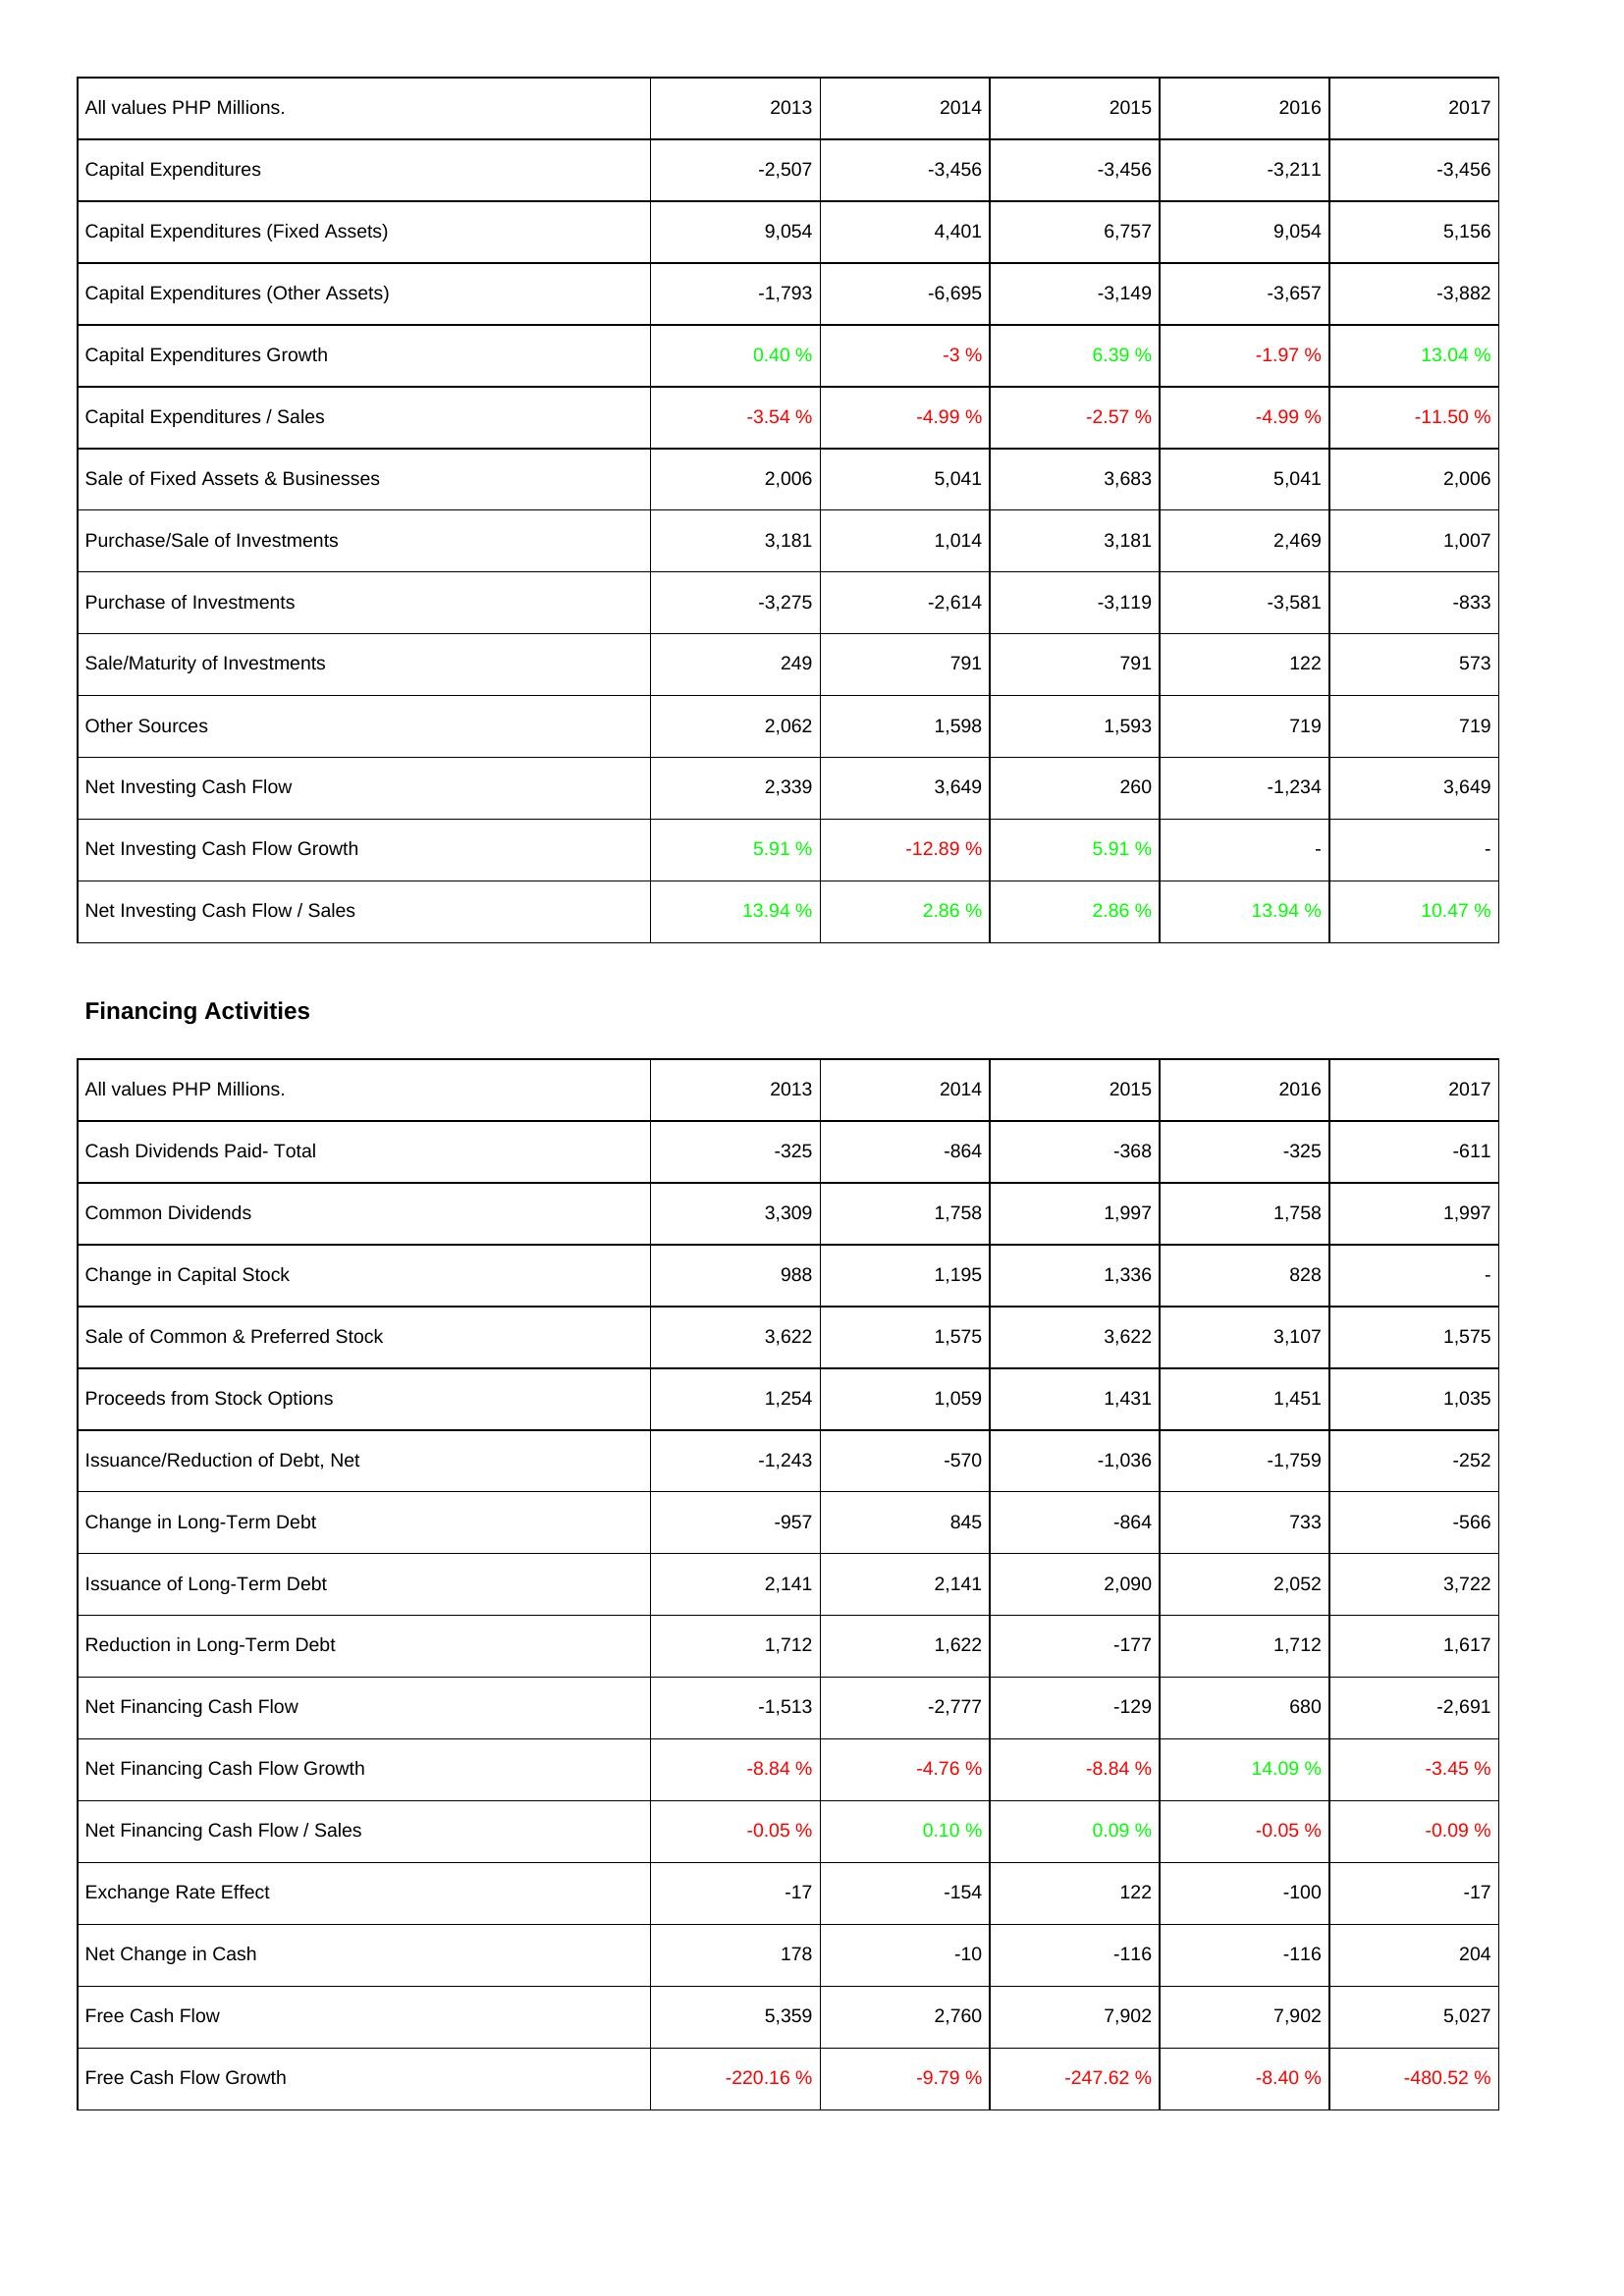
2013: Investing Activities: Capital Expenditures: -2,507
Capital Expenditures (Fixed Assets): 9,054
Capital Expenditures (Other Assets): -1,793
Capital Expenditures Growth: 0.40 %
Capital Expenditures / Sales: -3.54 %
Sale of Fixed Assets & Businesses: 2,006
Purchase/Sale of Investments: 3,181
Purchase of Investments: -3,275
Sale/Maturity of Investments: 249
Other Sources: 2,062
Net Investing Cash Flow: 2,339
Net Investing Cash Flow Growth: 5.91 %
Net Investing Cash Flow / Sales: 13.94 %
Financing Activities: Cash Dividends Paid- Total: -325
Common Dividends: 3,309
Change in Capital Stock: 988
Sale of Common & Preferred Stock: 3,622
Proceeds from Stock Options: 1,254
Issuance/Reduction of Debt, Net: -1,243
Change in Long-Term Debt: -957
Issuance of Long-Term Debt: 2,141
Reduction in Long-Term Debt: 1,712
Net Financing Cash Flow: -1,513
Net Financing Cash Flow Growth: -8.84 %
Net Financing Cash Flow / Sales: -0.05 %
Exchange Rate Effect: -17
Net Change in Cash: 178
Free Cash Flow: 5,359
Free Cash Flow Growth: -220.16 %
2014: Investing Activities: Capital Expenditures: -3,456
Capital Expenditures (Fixed Assets): 4,401
Capital Expenditures (Other Assets): -6,695
Capital Expenditures Growth: -3 %
Capital Expenditures / Sales: -4.99 %
Sale of Fixed Assets & Businesses: 5,041
Purchase/Sale of Investments: 1,014
Purchase of Investments: -2,614
Sale/Maturity of Investments: 791
Other Sources: 1,598
Net Investing Cash Flow: 3,649
Net Investing Cash Flow Growth: -12.89 %
Net Investing Cash Flow / Sales: 2.86 %
Financing Activities: Cash Dividends Paid- Total: -864
Common Dividends: 1,758
Change in Capital Stock: 1,195
Sale of Common & Preferred Stock: 1,575
Proceeds from Stock Options: 1,059
Issuance/Reduction of Debt, Net: -570
Change in Long-Term Debt: 845
Issuance of Long-Term Debt: 2,141
Reduction in Long-Term Debt: 1,622
Net Financing Cash Flow: -2,777
Net Financing Cash Flow Growth: -4.76 %
Net Financing Cash Flow / Sales: 0.10 %
Exchange Rate Effect: -154
Net Change in Cash: -10
Free Cash Flow: 2,760
Free Cash Flow Growth: -9.79 %
2015: Investing Activities: Capital Expenditures: -3,456
Capital Expenditures (Fixed Assets): 6,757
Capital Expenditures (Other Assets): -3,149
Capital Expenditures Growth: 6.39 %
Capital Expenditures / Sales: -2.57 %
Sale of Fixed Assets & Businesses: 3,683
Purchase/Sale of Investments: 3,181
Purchase of Investments: -3,119
Sale/Maturity of Investments: 791
Other Sources: 1,593
Net Investing Cash Flow: 260
Net Investing Cash Flow Growth: 5.91 %
Net Investing Cash Flow / Sales: 2.86 %
Financing Activities: Cash Dividends Paid- Total: -368
Common Dividends: 1,997
Change in Capital Stock: 1,336
Sale of Common & Preferred Stock: 3,622
Proceeds from Stock Options: 1,431
Issuance/Reduction of Debt, Net: -1,036
Change in Long-Term Debt: -864
Issuance of Long-Term Debt: 2,090
Reduction in Long-Term Debt: -177
Net Financing Cash Flow: -129
Net Financing Cash Flow Growth: -8.84 %
Net Financing Cash Flow / Sales: 0.09 %
Exchange Rate Effect: 122
Net Change in Cash: -116
Free Cash Flow: 7,902
Free Cash Flow Growth: -247.62 %
2016: Investing Activities: Capital Expenditures: -3,211
Capital Expenditures (Fixed Assets): 9,054
Capital Expenditures (Other Assets): -3,657
Capital Expenditures Growth: -1.97 %
Capital Expenditures / Sales: -4.99 %
Sale of Fixed Assets & Businesses: 5,041
Purchase/Sale of Investments: 2,469
Purchase of Investments: -3,581
Sale/Maturity of Investments: 122
Other Sources: 719
Net Investing Cash Flow: -1,234
Net Investing Cash Flow Growth: -
Net Investing Cash Flow / Sales: 13.94 %
Financing Activities: Cash Dividends Paid- Total: -325
Common Dividends: 1,758
Change in Capital Stock: 828
Sale of Common & Preferred Stock: 3,107
Proceeds from Stock Options: 1,451
Issuance/Reduction of Debt, Net: -1,759
Change in Long-Term Debt: 733
Issuance of Long-Term Debt: 2,052
Reduction in Long-Term Debt: 1,712
Net Financing Cash Flow: 680
Net Financing Cash Flow Growth: 14.09 %
Net Financing Cash Flow / Sales: -0.05 %
Exchange Rate Effect: -100
Net Change in Cash: -116
Free Cash Flow: 7,902
Free Cash Flow Growth: -8.40 %
2017: Investing Activities: Capital Expenditures: -3,456
Capital Expenditures (Fixed Assets): 5,156
Capital Expenditures (Other Assets): -3,882
Capital Expenditures Growth: 13.04 %
Capital Expenditures / Sales: -11.50 %
Sale of Fixed Assets & Businesses: 2,006
Purchase/Sale of Investments: 1,007
Purchase of Investments: -833
Sale/Maturity of Investments: 573
Other Sources: 719
Net Investing Cash Flow: 3,649
Net Investing Cash Flow Growth: -
Net Investing Cash Flow / Sales: 10.47 %
Financing Activities: Cash Dividends Paid- Total: -611
Common Dividends: 1,997
Change in Capital Stock: -
Sale of Common & Preferred Stock: 1,575
Proceeds from Stock Options: 1,035
Issuance/Reduction of Debt, Net: -252
Change in Long-Term Debt: -566
Issuance of Long-Term Debt: 3,722
Reduction in Long-Term Debt: 1,617
Net Financing Cash Flow: -2,691
Net Financing Cash Flow Growth: -3.45 %
Net Financing Cash Flow / Sales: -0.09 %
Exchange Rate Effect: -17
Net Change in Cash: 204
Free Cash Flow: 5,027
Free Cash Flow Growth: -480.52 %